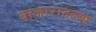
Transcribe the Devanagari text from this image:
बाजारातल्या